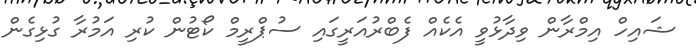
ޝައިހް އިމްރާން ވިދާޅުވީ އެކެއް ފެބްރުއަރީގައި ސުޕްރީމް ކޯޓުން ކުރި އަމުރާ ގުޅިގެން